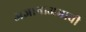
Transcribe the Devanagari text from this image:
अज्ञानाअभावी